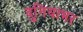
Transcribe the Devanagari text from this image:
दुनियाभऱ